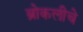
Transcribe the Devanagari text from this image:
ब्रोकलीचे